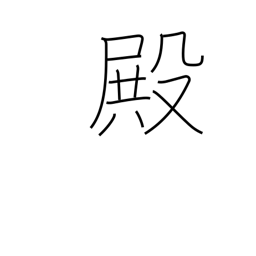
Meaning: Mr.